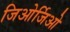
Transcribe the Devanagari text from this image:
जिओर्जिओ